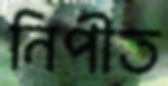
নিপীত